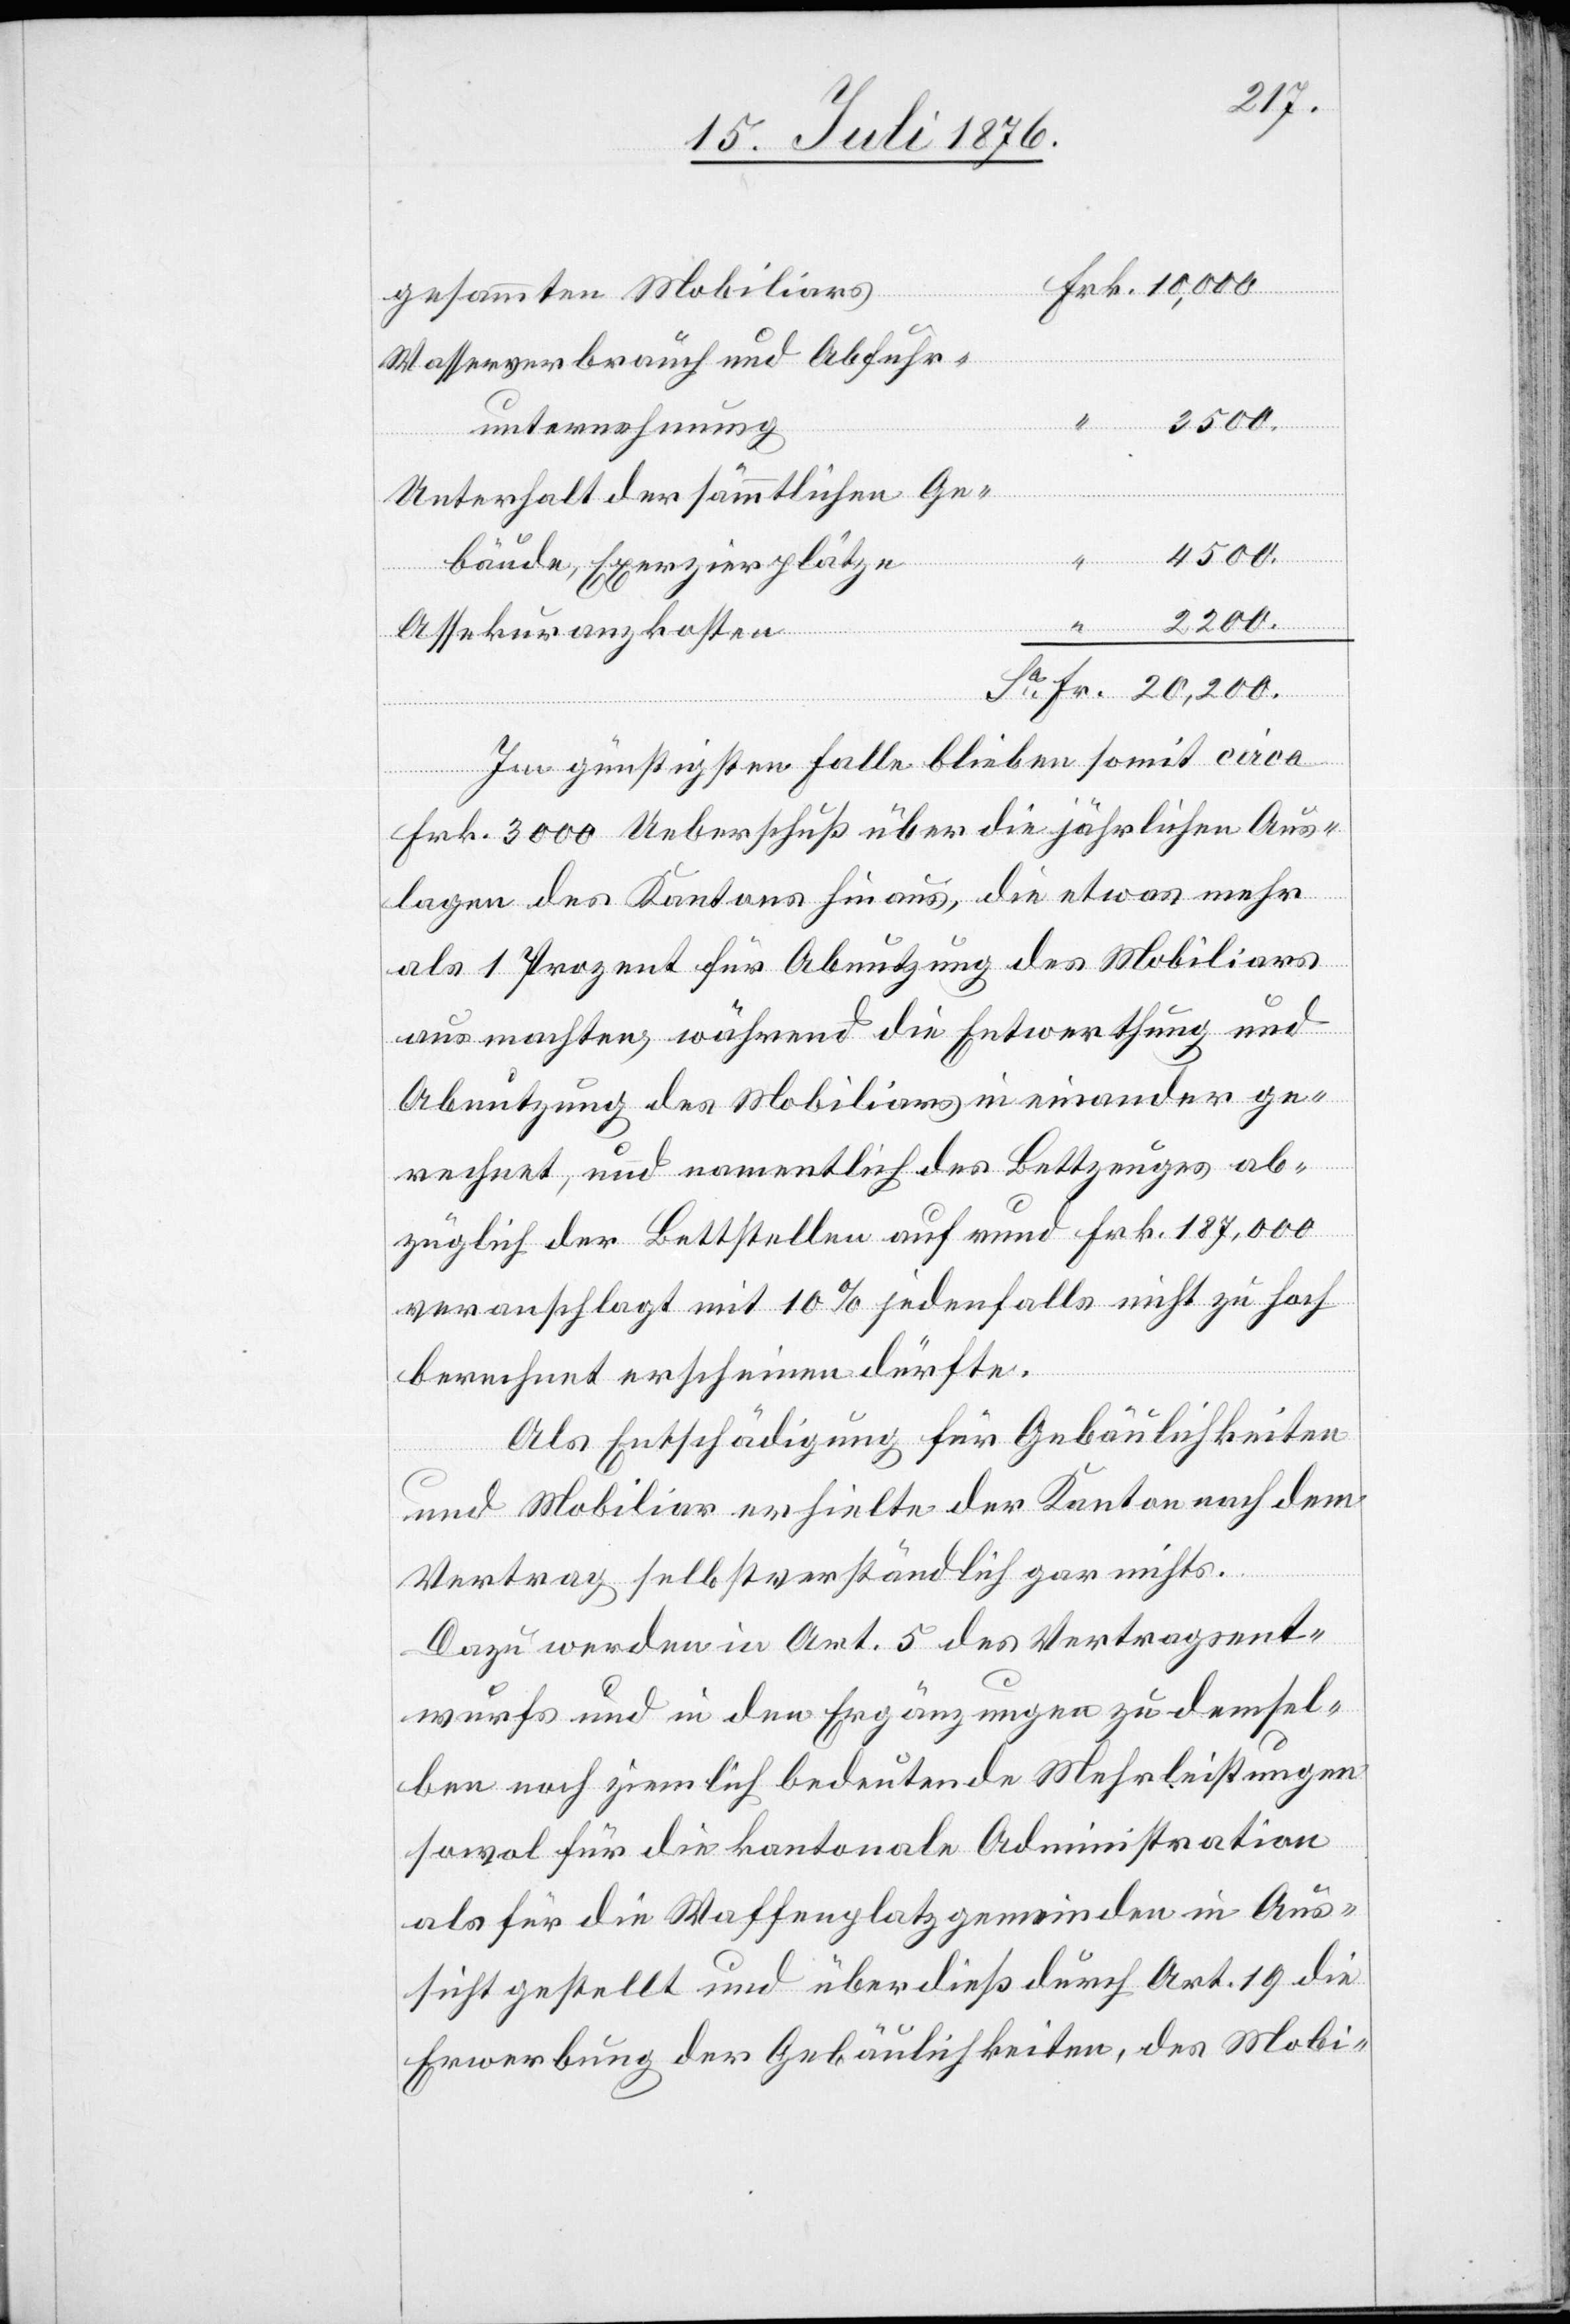
gesammten Mobiliars
Wasserverbrauch und Abfuhr¬
unternehmung
Unterhalt der sämmtlichen Ge¬
20,200.
bäude, Exerzierplätze
Assekuranzkosten
Im günstigsten Falle bleiben somit circa
Frk. 3000 Ueberschuß über die jährlichen Aus¬
lagen des Kantons hinaus, die etwas mehr
als 1 Prozent für Abnutzung des Mobiliars
ausmachten, während die Entwerthung und
Abnutzung des Mobiliars ineinander ge¬
Fr.
rechnet, und namentlich des Bettzeuges ab¬
züglich der Bettstellen auf rund Frk. 187,000
veranschlagt mit 10 % jedenfalls nicht zu hoch
berechnet erscheinen dürfte.
Als Entschädigung für Gebäulichkeiten
und Mobiliar erhielte der Kanton nach dem
Vertrag selbstverständlich gar nichts.
Dazu werden in Art. 5 des Vertragsen¬
wurfs und in den Ergänzungen zu demsel¬
ben noch ziemlich bedeutende Mehrleistungen
sowol für die kantonale Administration
als für die Waffenplatzgemeinden in Aus¬
sicht gestellt und überdieß durch Art. 19 die
Erwerbung der Gebäulichkeiten, des Mobi-